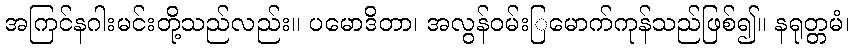
အကြင်နဂါးမင်းတို့သည်လည်း။ ပမောဒိတာ၊ အလွန်ဝမ်းြမောက်ကုန်သည်ဖြစ်၍။ နရုတ္တမံ၊